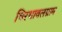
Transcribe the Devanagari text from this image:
चिरथावलग्राम